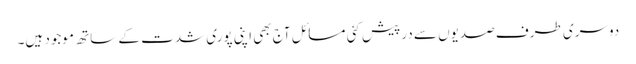
دوسری طرف صدیوں سے درپیش کئی مسائل آج بھی اپنی پوری شدت کے ساتھ موجود ہیں۔